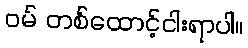
ဝမ် တစ်ထောင့်ငါးရာပါ။